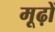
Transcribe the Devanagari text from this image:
मूढ़ों